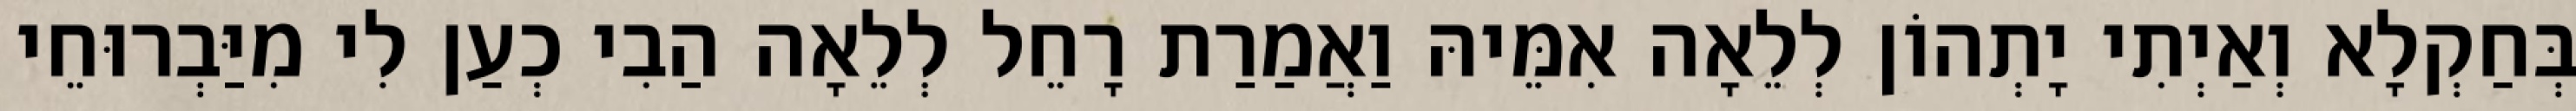
בְּחַקְלָא וְאַיְתִי יָתְהוֹן לְלֵאָה אִמֵּיהּ וַאֲמַרַת רָחֵל לְלֵאָה הַבִי כְעַן לִי מִיַּבְרוּחֵי